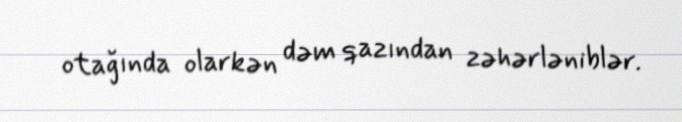
otağında olarkən dəm qazından zəhərləniblər.